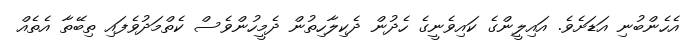
އެހެންބުނި އަޑަށެވެ. އައިލީންގެ ކައިވެނީގެ ހެދުން ދެކިލާހިތުން ދެމީހުންވެސް ކެތްމަދުވެފައި ތިބޭތާ އެތެއް